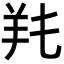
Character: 𦍓